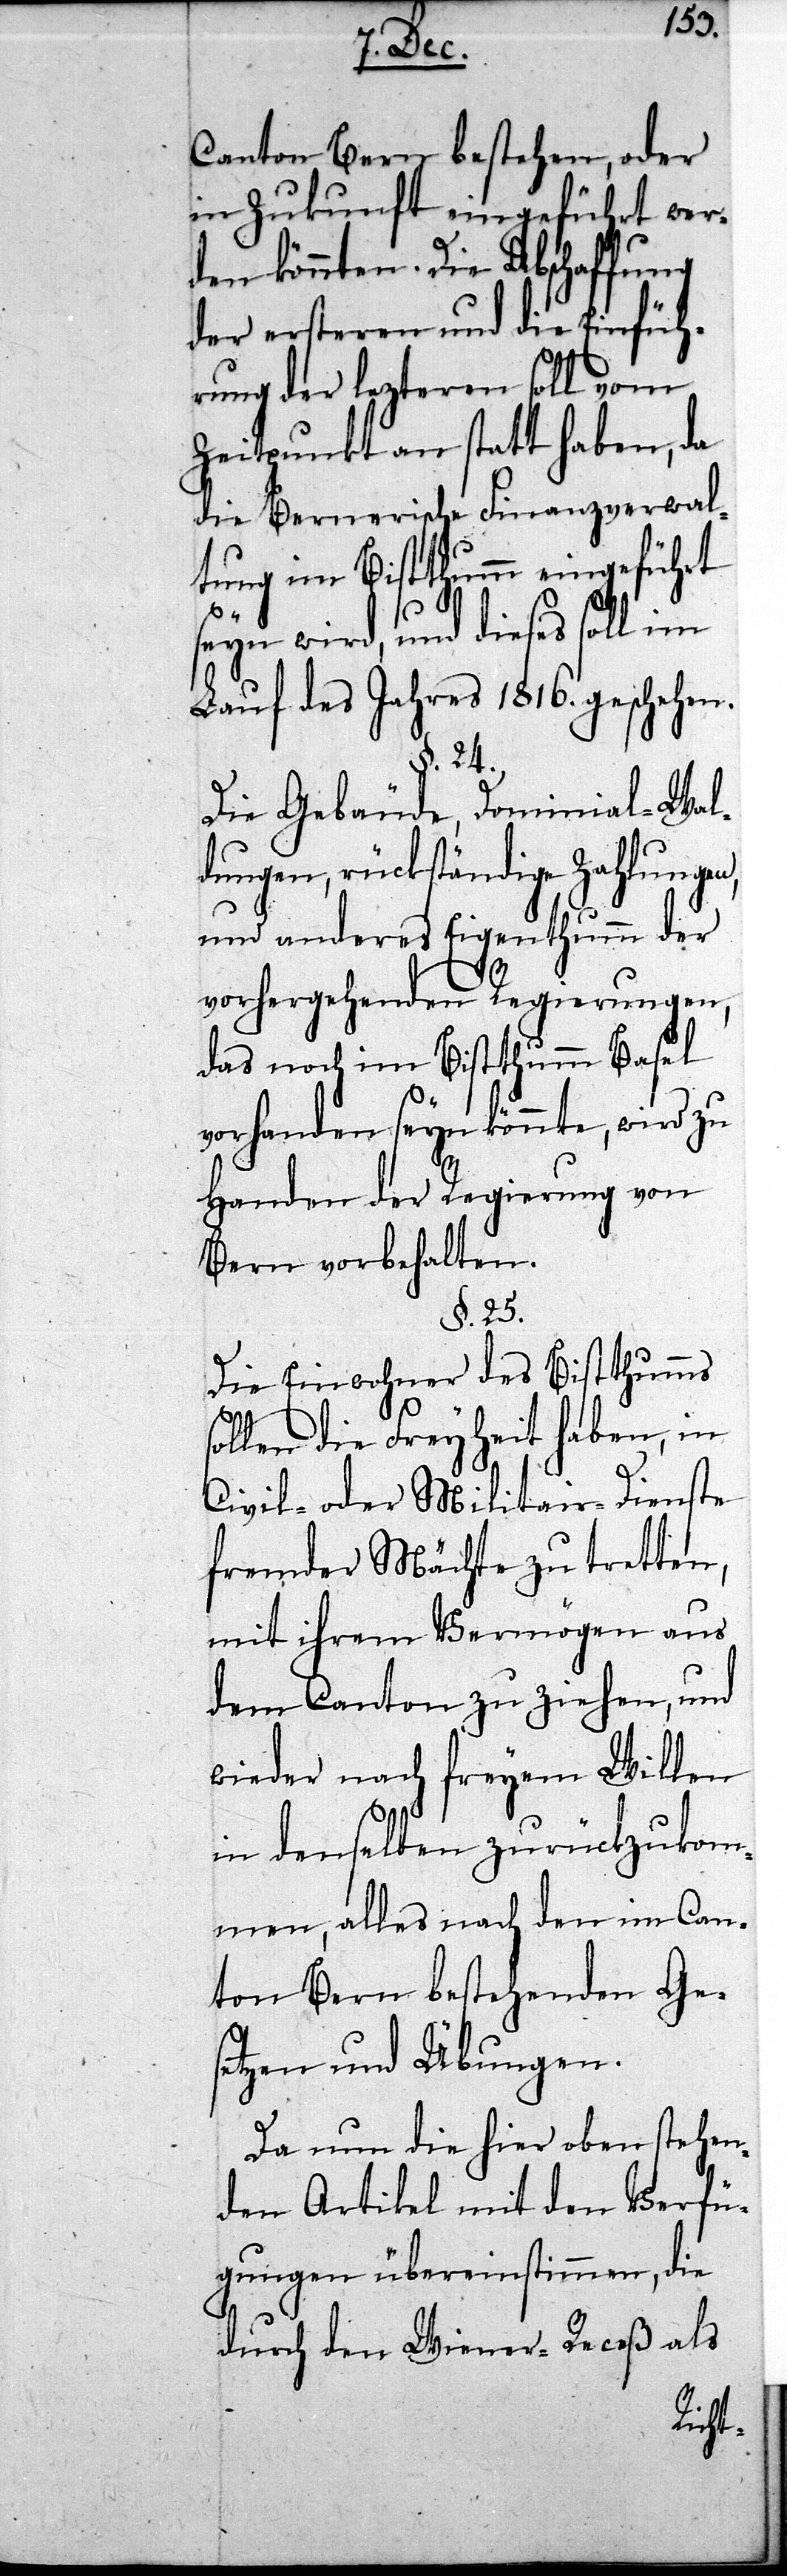
Canton Bern bestehen, oder
in Zukunft eingeführt wer¬
den könnten. Die Abschaffung
der ersteren und die Einfüh¬
rung der lezteren soll vom
Zeitpunkt an statt haben, da
die Bernerische Finanzverwal¬
tung im Bistthumm eingeführt
seyn wird, und dieses soll im
Lauf des Jahres 1816. geschehen.
24.
Die Gebäude, Dominial-Wal¬
dungen, rückständige Zahlungen,
und anderes Eigenthumm der
vorhergehenden Regierungen,
das noch im Bistthumm Basel
vorhanden seyn könnte, wird zu
Handen der Regierung von
Bern vorbehalten.
§. 25.
Die Einwohner des Bistthumms
sollen die Freyheit haben, in
Civil- oder Militair-Dienste
fremder Mächte zu tretten,
mit ihrem Vermögen aus
dem Canton zu ziehen, und
wieder nach freyem Willen
in denselben zurückzukom¬
men, alles nach den im Can¬
ton Bern bestehenden Ge¬
setzen und Übungen.
Da nun die hier oben stehen¬
den Artikel mit den Verfü¬
gungen übereinstimmen, die
durch den Wiener-Receß als